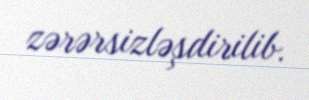
zərərsizləşdirilib.